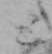
と